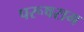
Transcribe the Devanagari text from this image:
परूषराम